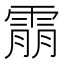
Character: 䨜